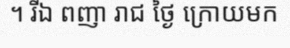
។ រីឯ ពញា រាជ ថ្ងៃ ក្រោយមក